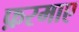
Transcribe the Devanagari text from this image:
फ़रमाए